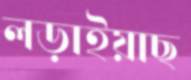
লড়াইয়াছ